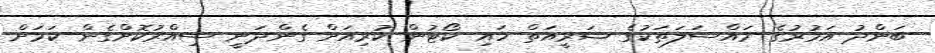
ބަންދު އަމުރުގެ މައްސަލަތަކުގެ ޝަރީއަތް ހައި ކޯޓުން ކުރިއަށް ގެންދަނީ ސިއްރުކޮށްގެން ކަމަށް